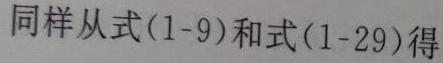
同样从式(1-9)和式(1-29)得